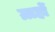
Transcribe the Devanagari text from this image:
ग्राहों